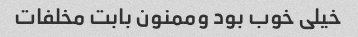
خیلی خوب بود وممنون بابت مخلفات